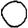
Digit: 0